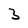
Character: 3